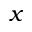
\boldsymbol { x }